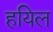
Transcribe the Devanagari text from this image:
हयिल